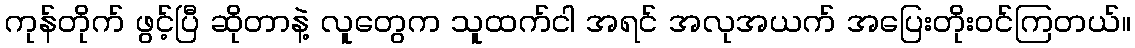
ကုန်တိုက် ဖွင့်ပြီ ဆိုတာနဲ့ လူတွေက သူထက်ငါ အရင် အလုအယက် အပြေးတိုးဝင်ကြတယ်။